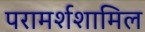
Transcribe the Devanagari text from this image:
परामर्शशामिल